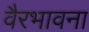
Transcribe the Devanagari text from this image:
वैरभावना